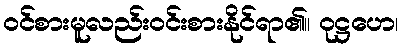
ဝင်စားမူလည်းဝင်းစားနိုင်ရာ၏။ ဝုဋ္ဌဟေ၊